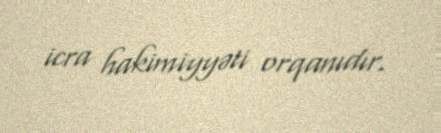
icra hakimiyyəti orqanıdır.